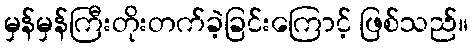
မှန်မှန်ကြီးတိုးတက်ခဲ့ခြင်းကြောင့် ဖြစ်သည်။